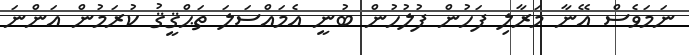
ނަމަވެސް އޭނާ މަރާލި ފަހުން ފުލުހުން ބުނީ އެމައްސަލަަ ތަޙްޤީޤު ކުރަމުން އަންނަ